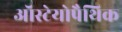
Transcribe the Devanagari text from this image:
ऑस्टेयोपैथिक